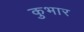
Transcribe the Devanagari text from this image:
कुभार